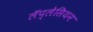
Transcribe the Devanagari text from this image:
लॅप्लेसियन